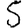
Digit: 5